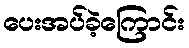
ပေးအပ်ခဲ့ကြောင်း